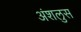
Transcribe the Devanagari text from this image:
अंशलुस